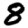
Digit: 8